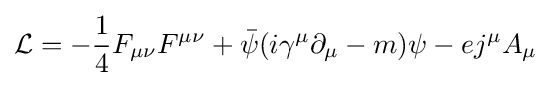
{\mathcal {L}}=-{\frac {1}{4}}F_{\mu \nu }F^{\mu \nu }+{\bar {\psi }}(i\gamma ^{\mu }\partial _{\mu }-m)\psi -ej^{\mu }A_{\mu }